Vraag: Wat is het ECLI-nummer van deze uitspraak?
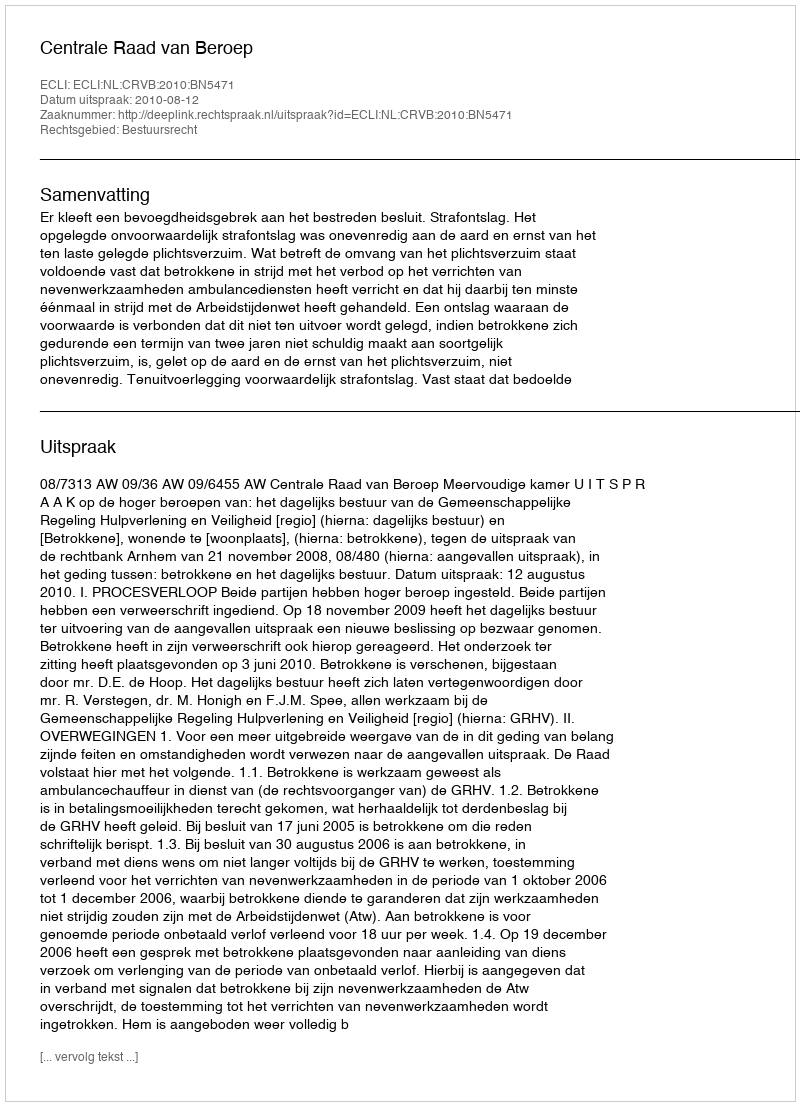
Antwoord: ECLI:NL:CRVB:2010:BN5471